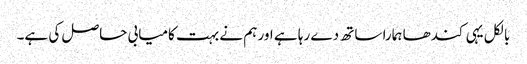
بالکل یہی کندھا ہمارا ساتھ دے رہا ہے اور ہم نے بہت کامیابی حاصل کی ہے۔